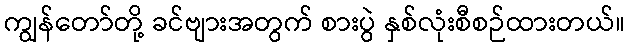
ကျွန်တော်တို့ ခင်ဗျားအတွက် စားပွဲ နှစ်လုံးစီစဉ်ထားတယ်။